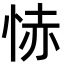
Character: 㤸